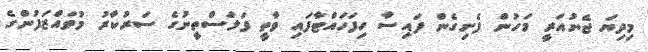
މިދިޔަ ޖެނުއަރީ މަހުން ފެށިގެން ފައިސާ ހިފަހައްޓާފައި ވާތީ ފަލަސްތީނުގެ ސަރުކާރު މުވައްޒަފުންގެ